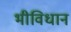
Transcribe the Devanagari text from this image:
भीविधान